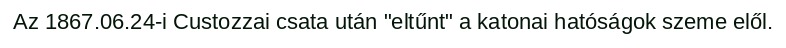
Az 1867.06.24-i Custozzai csata után "eltűnt" a katonai hatóságok szeme elől.